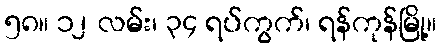
၅၈။ ၁၂ လမ်း၊ ၃၄ ရပ်ကွက်၊ ရန်ကုန်မြို့။